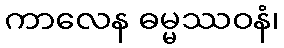
ကာလေန ဓမ္မဿဝနံ၊